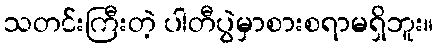
သတင်းကြီးတဲ့ ပါတီပွဲမှာစားစရာမရှိဘူး။